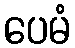
ပေမံ